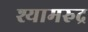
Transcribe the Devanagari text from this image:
श्यामरुद्र